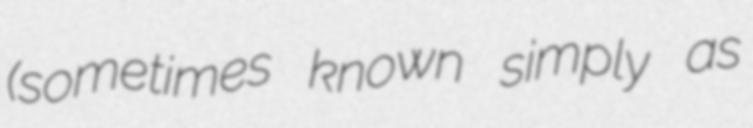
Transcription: (sometimes known simply as